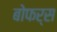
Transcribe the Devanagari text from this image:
बोफर्स